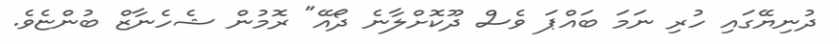
ދުނިޔޭގައި ހުރި ނަމަ ބައްޕަ ވެސް ދޫކޮށްލާނެ ދޯއޭ" ރޮމުން ޝެހެނާޒް ބުންޏެވެ.